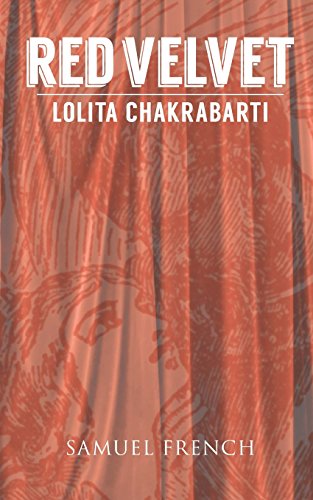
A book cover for Red Velvet; Lolita Chakrabarti; Literature & Fiction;